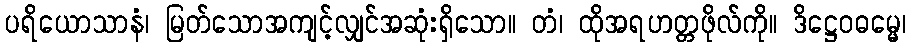
ပရိယောသာနံ၊ မြတ်သောအကျင့်လျှင်အဆုံးရှိသော။ တံ၊ ထိုအရဟတ္တဖိုလ်ကို။ ဒိဋ္ဌေဝဓမ္မေ၊